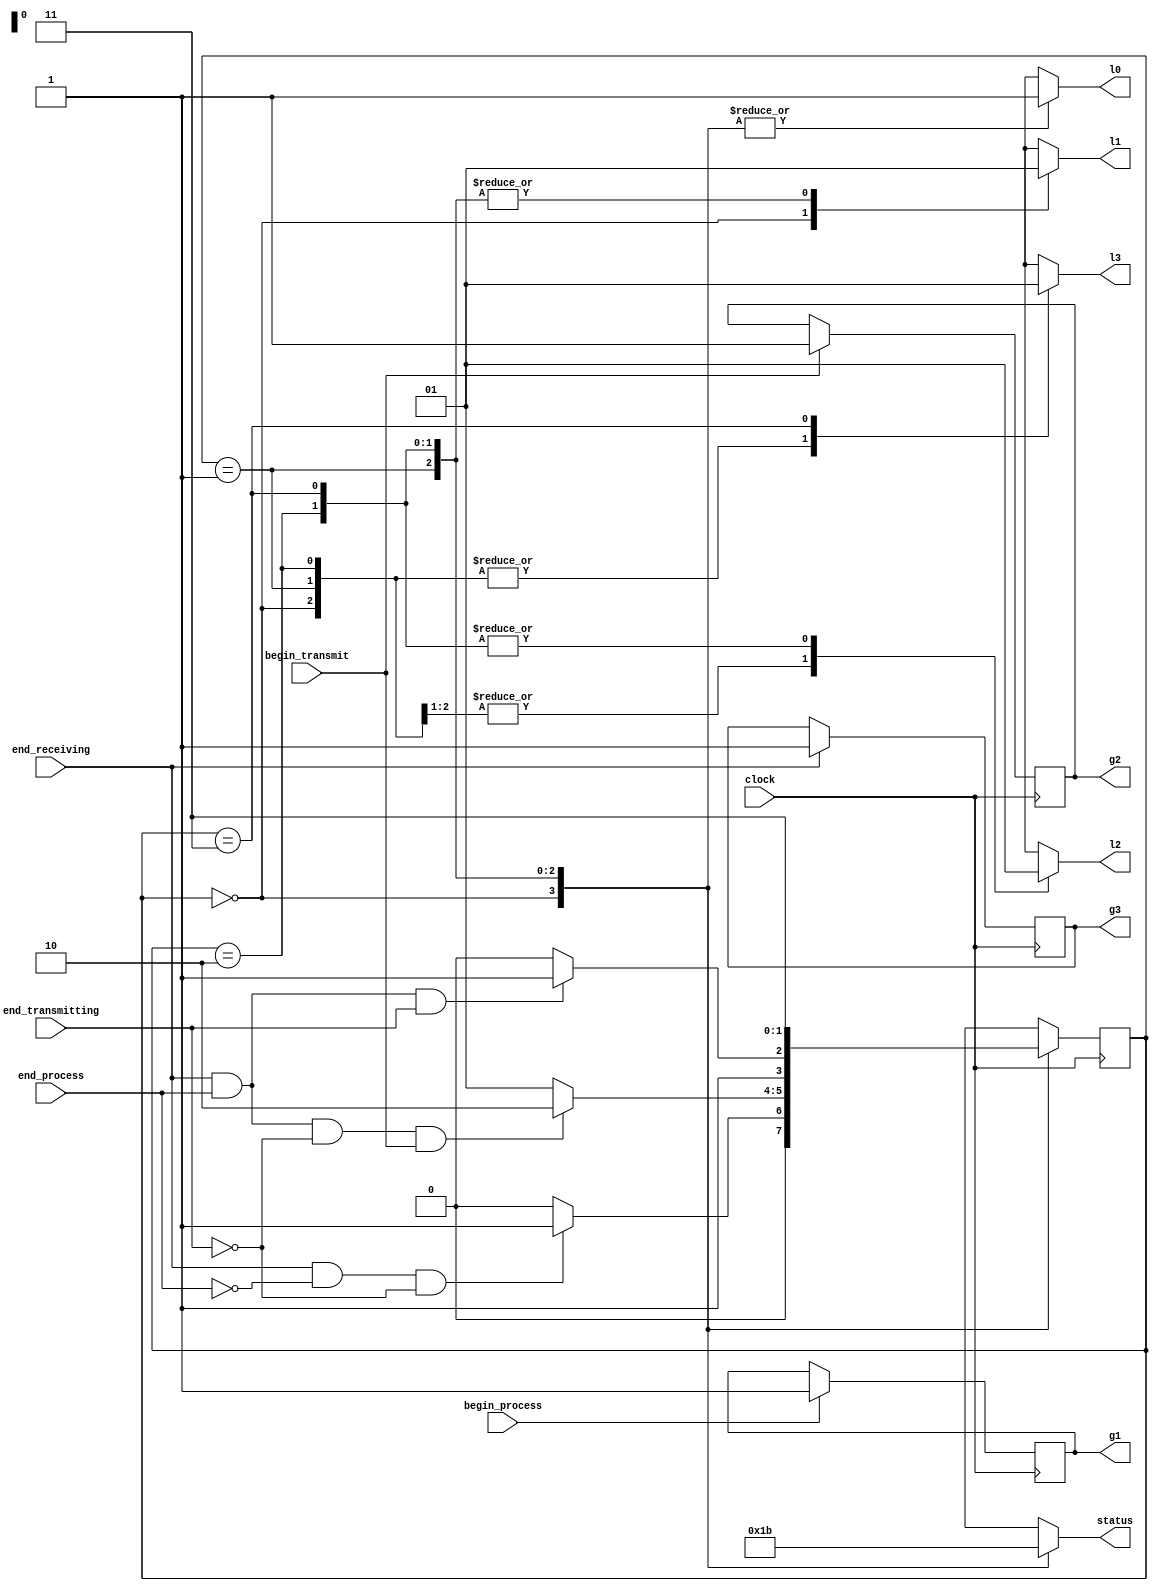
//main controller

module main_control( input clock, 
							input end_receiving, 
							input end_process, 
							input end_transmitting, 
							input begin_process, 
							input begin_transmit, 
							output reg [1:0] status, 
							output reg l0, 
							output reg l1, 
							output reg l2, 
							output reg l3, 
							output reg g1, 
							output reg g2, 
							output reg g3); 
							
reg [1:0] present = 2'b00; 
reg [1:0] next = 2'b00; 

parameter 
receive = 2'b00, 
process = 2'b01, 
transmit = 2'b10, 
alldone = 2'b11; 

always @(posedge clock) 
		begin 
		if (begin_process) 
		begin 
		g1 <= 1; 
		end 
		if (begin_transmit) 
				begin 
				g2 <= 1;
				end 
				if (end_receiving) 
						begin 
						g3 <= 1; 
						end 
		end 

initial 
		begin 
		g1 <= 0; 
		g2 <= 0; 
		l0 <= 0; 
		l1 <= 0; 
		l2 <= 0; 
		l3 <= 0; 
		g3 <= 0; 
		end 
		
always @(posedge clock) 
		present <= next; 
		
always @(present or begin_transmit or begin_process or end_receiving or end_process or end_transmitting) 
		case(present) 
				receive: begin 
				status <= 2'b00; 
				l0 <=1; 
				l1 <=0; 
				l2 <=0; 
				l3 <=0; 
				
				if (end_receiving && !end_process && !end_transmitting)
						next<=process; 
				else 
						next<=receive; 
				end 
				
				process: begin 
				status <= 2'b01; 
				l0 <=1; 
				l1 <=1; 
				l2 <=0; 
				l3 <=0; 
				
				if (end_receiving && end_process && !end_transmitting && begin_transmit) 
						next<=transmit; 
				else
						next<=process; 
				end 
				
				transmit: begin 
				status <= 2'b10; 
				l0 <=1; 
				l1 <=1; 
				l2 <=1; 
				l3 <=0; 
				
				if (end_receiving && end_process && end_transmitting) 
						next<=alldone; 
				else 
						next<=transmit; 
				end 
				
				alldone: begin 
				status <= 2'b11; 
				l0 <=1; 
				l1 <=1; 
				l2 <=1; 
				l3 <=1; 
				next<=alldone; 
				end 
		endcase 
		
endmodule